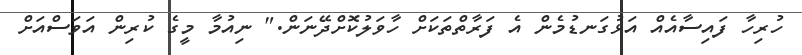
ހުރިހާ ފައިސާއެއް އަޅުގަނޑުމެން އެ ފަރާތްތަކަށް ހާވަލުކޮށްދޭނަން." ނިއުމާ މީގެ ކުރިން އަވަސްއަށް